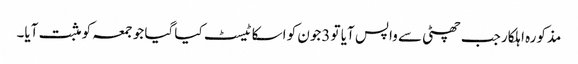
مذکورہ اہلکار جب چھٹی سے واپس آیا تو 3جون کو اسکا ٹیسٹ کیا گیا جو جمعہ کو مثبت آیا۔